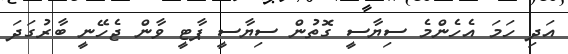
އަދި ހަމަ އެހެންމެ ސިޔާސީ ގޮތުން ސިޔާސީ ޕާޓީ ވާން ޖެހޭނީ ބާރުގަދަ